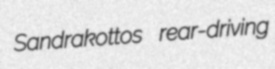
Sandrakottos rear-driving